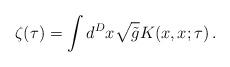
LaTeX: \begin{align*}\zeta(\tau)= \int d^D x \sqrt{\tilde{g}} K(x,x;\tau)\,.\end{align*}